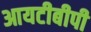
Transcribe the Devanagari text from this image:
आयटीबीपी